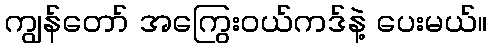
ကျွန်တော် အကြွေးဝယ်ကဒ်နဲ့ ပေးမယ်။